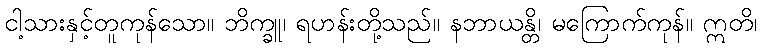
ငါ့သားနှင့်တူကုန်သော။ ဘိက္ခူ၊ ရဟန်းတို့သည်။ နဘာယန္တိ၊ မကြောက်ကုန်။ ဣတိ၊